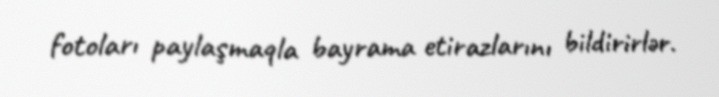
fotoları paylaşmaqla bayrama etirazlarını bildirirlər.